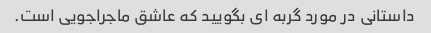
داستانی در مورد گربه ای بگویید که عاشق ماجراجویی است.